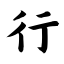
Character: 行